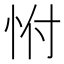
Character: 㤔